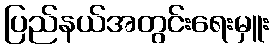
ပြည်နယ်အတွင်းရေးမှူး